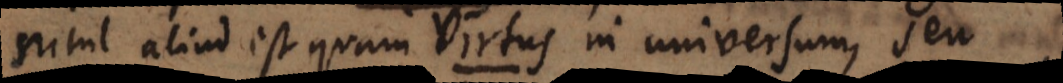
nihil aliud est, quam virtus in universum seu